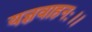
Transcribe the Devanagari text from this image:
यज्ञवाहनः।।